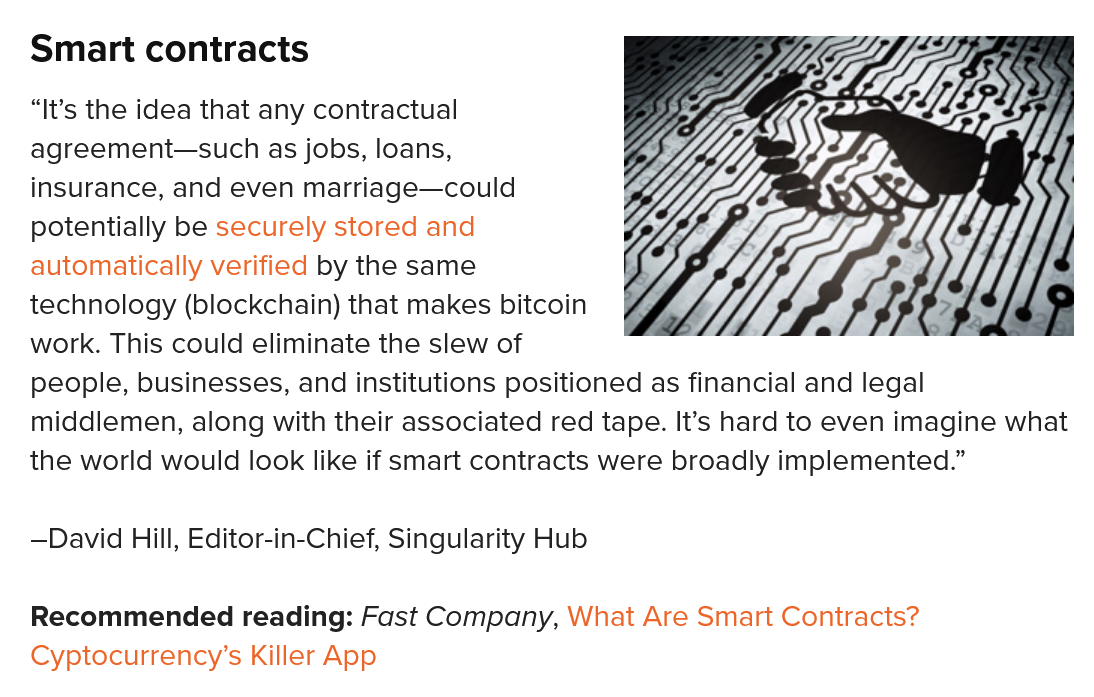
Smart  contracts
   —David Hill, Editor-in-Chief, Singularity Hub
   Recommended reading: Fast Company, What Are Smart Contracts?
   Cyptocurrency’s Killer App
   “It’s the idea that any contractual
   agreement—such as jobs, loans,
   insurance, and even marriage—could
   potentially be securely stored and
   automatically verified by the same
  technology (blockchain) that makes bitcoin
   work. This could eliminate the slew of
   people, businesses, and institutions positioned as financial and legal
   middlemen, along with their associated red tape. It’s hard to even imagine what
  the world would look like if smart contracts were broadly implemented.”